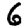
Digit: 6